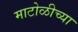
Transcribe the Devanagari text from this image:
माटोळीच्या